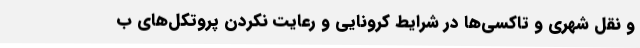
و نقل شهری و تاکسی‌ها در شرایط کرونایی و رعایت نکردن پروتکل‌های ب